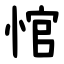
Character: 悺